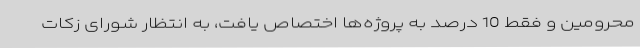
محرومین و فقط 10 درصد به پروژه‌ها اختصاص یافت، به انتظار شورای زکات